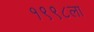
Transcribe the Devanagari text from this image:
१९९८ला